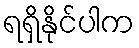
ရရှိနိုင်ပါက